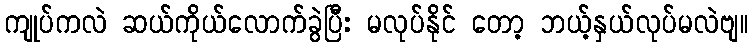
ကျုပ်ကလဲ ဆယ်ကိုယ်လောက်ခွဲပြီး မလုပ်နိုင် တော့ ဘယ့်နှယ်လုပ်မလဲဗျ။